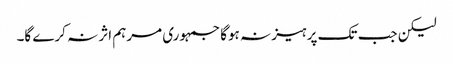
لیکن جب تک پرہیز نہ ہوگا جمہوری مرہم اثر نہ کرے گا۔